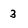
Character: 3